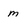
Character: M